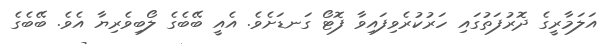
އަލަމާރީގެ ދޮރުފަތުގައި ހަރުކުރެވިފައިވާ ފޮޓޯ ގަނޑަށެވެ. އެއީ ބޭބެގެ ލޯބިވެރިޔާ އެވެ. ބޭބެގެ